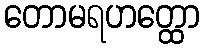
တောမရဟတ္ထော